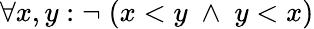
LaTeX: \forall x,y:\neg\; (x<y\; \wedge\; y<x)